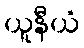
ယူနီယံ